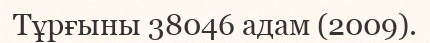
Тұрғыны 38046 адам (2009).